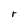
Character: r